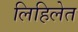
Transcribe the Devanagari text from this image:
लिहिलेत